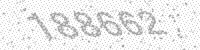
Solution: 188662